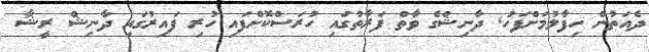
ދެއަތުން ހިފާލުުމަށްފަހު